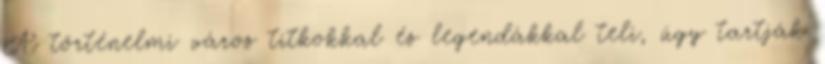
A történelmi város titkokkal és legendákkal teli, úgy tartják